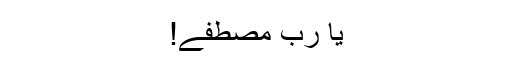
یا ربِّ مصطفَےٰ!